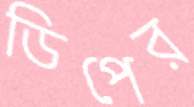
ডিপের